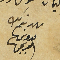
شهد بذلك مدونها العريجي